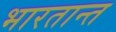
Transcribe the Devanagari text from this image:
भारतान्त